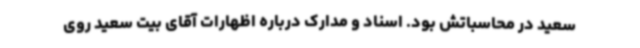
سعید در محاسباتش بود. اسناد و مدارک درباره اظهارات آقای بیت سعید روی